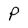
Character: P